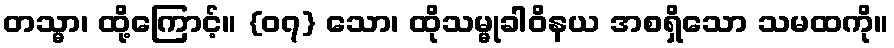
တသ္မာ၊ ထို့ကြောင့်။ {၀၇} သော၊ ထိုသမ္မုခါဝိနယ အစရှိသော သမထကို။